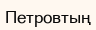
Петровтың